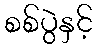
စစ်ပွဲနှင့်